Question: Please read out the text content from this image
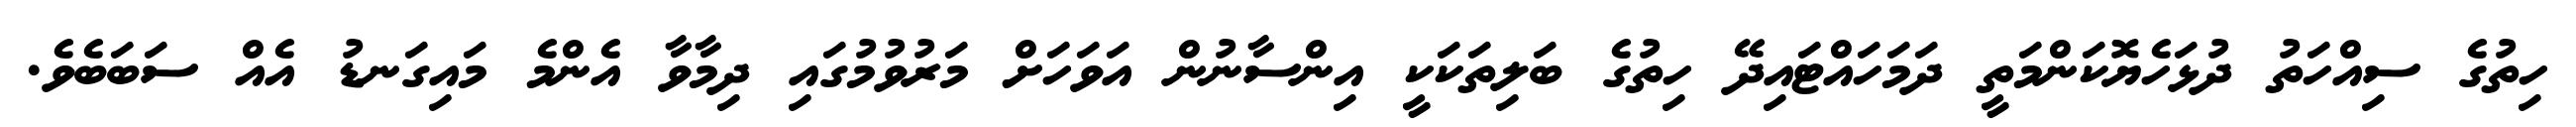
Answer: ހިތުގެ ސިއްހަތު ދުޅަހެޔޮކަންމަތީ ދަމަހައްޓައިދޭ ހިތުގެ ބަލިތަކަކީ އިންސާނުން އަވަހަށް މަރުވުމުގައި ދިމާވާ އެންމެ މައިގަނޑު އެއް ސަބަބެވެ.